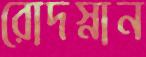
রোদস্নান